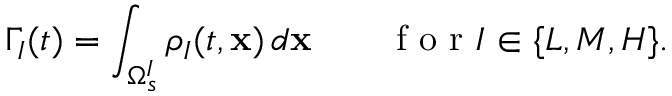
\Gamma _ { I } ( t ) = \int _ { \Omega _ { s } ^ { I } } \rho _ { I } ( t , \mathbf { x } ) \, d \mathbf { x } \qquad \mathrm { ~ f ~ o ~ r ~ } I \in \{ L , M , H \} .